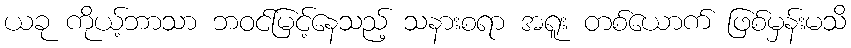
ယခု ကိုယ့်ဘာသာ ဘဝင်မြင့်နေသည့် သနားစရာ အရူး တစ်ယောက် ဖြစ်မှန်းမသိ